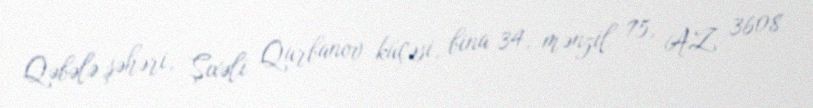
Qəbələ şəhəri, Şıxəli Qurbanov küçəsi, bina 34, mənzil 75, AZ 3608